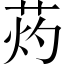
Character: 䓎